Annual statistical returns and brief notes on vaccination in Bengal - 1887-1898
Year: 1887
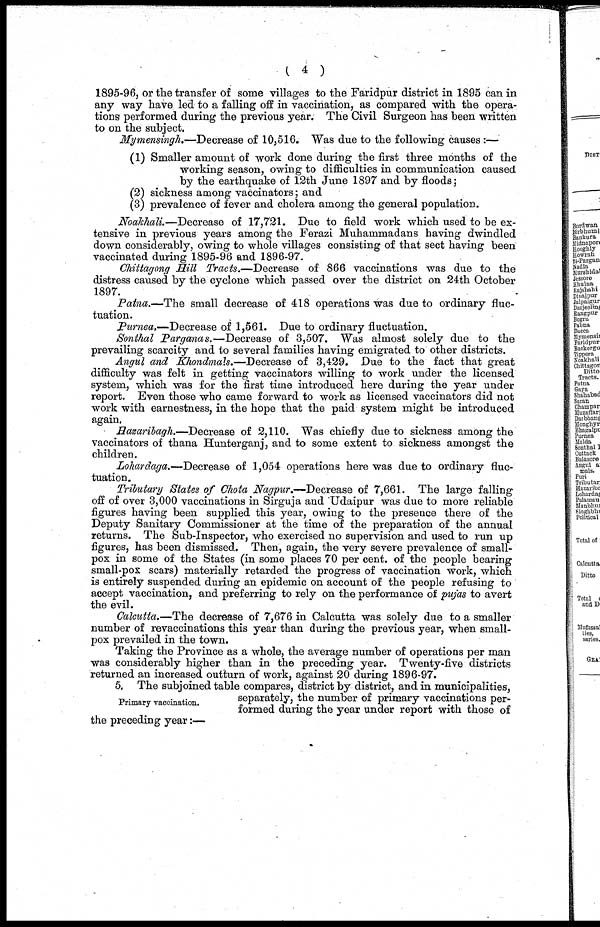
( 4 )
1895-96, or the transfer of some villages to the Faridpur district in 1895 can in
any way have led to a falling off in vaccination, as compared with the opera-
tions performed during the previous year. The Civil Surgeon has been written
to on the subject.
Mymensingh.—Decrease of 10,516. Was due to the following causes:—
(1) Smaller amount of work done during the first three months of the
working season, owing to difficulties in communication caused
by the earthquake of 12th June 1897 and by floods;
( 2) sickness among vaccinators; and
(3) prevalence of fever and cholera among the general population.
Noakhali.—Decrease of 17,721. Due to field work which used to be ex-
tensive in previous years among the Ferazi Muhammadans having dwindled
down considerably, owing to whole villages consisting of that sect having been
vaccinated during 1895-96 and 1896-97.
Chittagong Hill Tracts.—Decrease of 866 vaccinations was due to the
distress caused by the cyclone which passed over the district on 24th October
1897.
Patna.—The small decrease of 418 operations was due to ordinary fluc-
tuation.
Purnea.—Decrease of 1,561. Due to ordinary fluctuation.
Sonthal Parganas.—Decrease of 3,507. Was almost solely due to the
prevailing scarcity and to several families having emigrated to other districts.
Angul and Khondmals.—Decrease of 3,429. Due to the fact that great
difficulty was felt in getting vaccinators willing to work under the licensed
system, which was for the first time introduced here during the year under
report. Even those who came forward to work as licensed vaccinators did not
work with earnestness, in the hope that the paid system might be introduced
again.
Hazaribagh.—Decrease of 2,110. Was chiefly due to sickness among the
vaccinators of thana Hunterganj, and to some extent to sickness amongst the
children.
Lohardaga.—Decrease of 1,054 operations here was due to ordinary fluc-
tuation.
Tributary States of Chota Nagpur.—Decrease of 7,661. The large falling
off of over 3,000 vaccinations in Sirguja and Udaipur was due to more reliable
figures having been supplied this year, owing to the presence there of the
Deputy Sanitary Commissioner at the time of the preparation of the annual
returns. The Sub-Inspector, who exercised no supervision and used to run up
figures, has been dismissed. Then, again, the very severe prevalence of small-
pox in some of the States (in some places 70 per cent. of the people bearing
small-pox scars) materially retarded the progress of vaccination work, which
is entirely suspended during an epidemic on account of the people refusing to
accept vaccination, and preferring to rely on the performance of pujas to avert
the evil.
Calcutta.—The decrease of 7,676 in Calcutta was solely due to a smaller
number of revaccinations this year than during the previous year, when small-
pox prevailed in the town.
Taking the Province as a whole, the average number of operations per man
was considerably higher than in the preceding year. Twenty-five districts
returned an increased outturn of work, against 20 during 1896-97.
Primary vaccination.
5. The subjoined table compares, district by district, and in municipalities,
separately, the number of primary vaccinations per-
formed during the year under report with those of
the preceding year:—